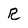
Character: R